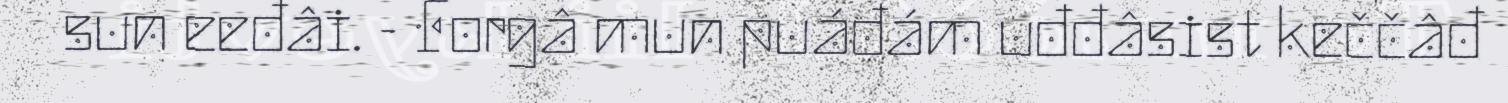
sun eeđâi. - Forgâ mun puáđám uđđâsist keččâđ